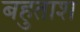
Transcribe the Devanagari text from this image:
बहुताश